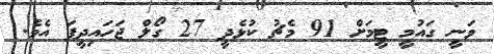
ވަނީ ގައުމީ ޓީމަށް 91 މެޗު ކުޅެދީ 27 ގޯލް ޖަހައިދީފަ އެވެ.